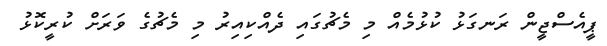
ޕީއެސްޖީން ރަނގަޅު ކުޅުމެއް މި މެޗުގައި ދެއްކިއިރު މި މެޗުގެ ވަރަށް ކުރީކޮޅު